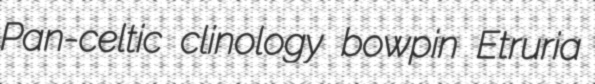
Pan-celtic clinology bowpin Etruria